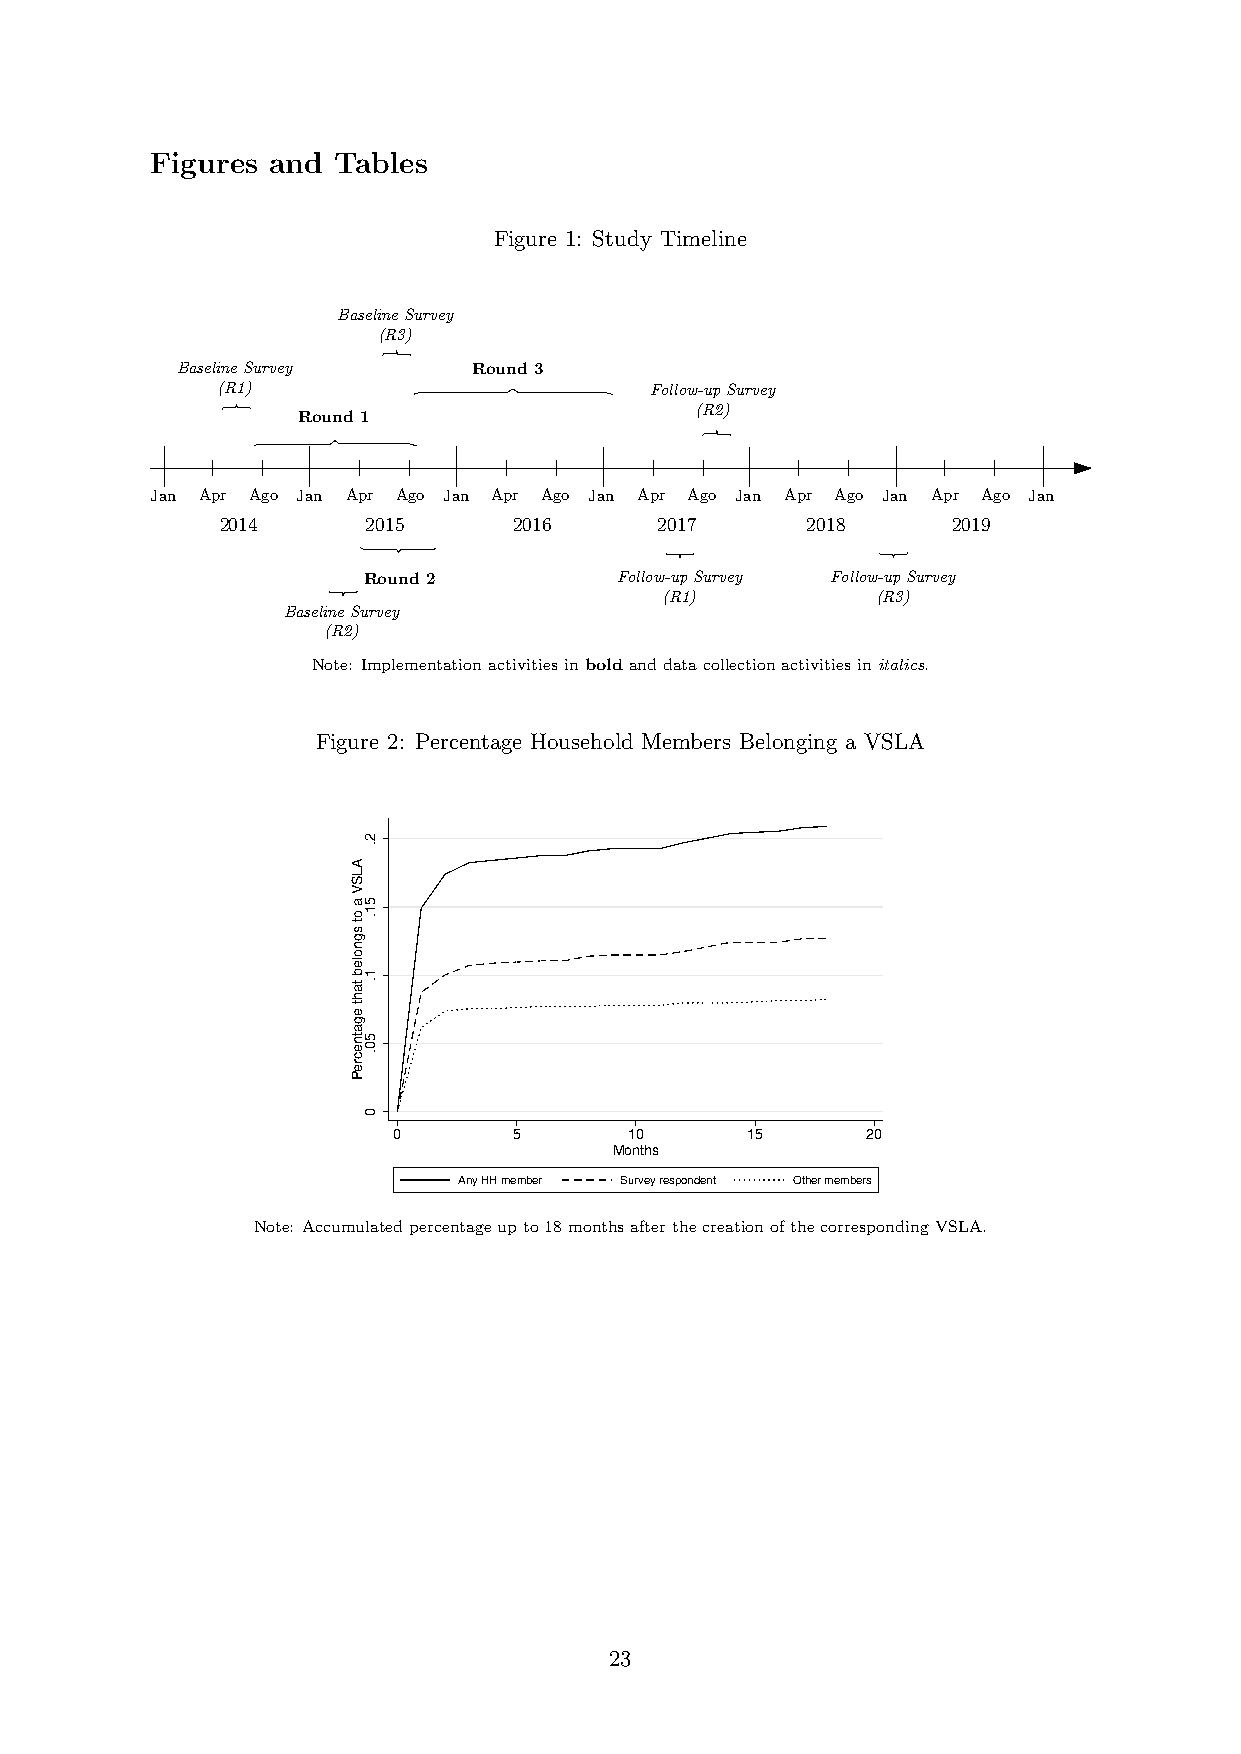
Figures and Tables
 Figure 1: Study Timeline
 BaselineSurvey
 (R3)
 BaselineSurvey     Round 3
 (R1)                         Follow-upSurvey
 Round 1                   (R2)
 Jan Apr Ago Jan Apr Ago Jan Apr Ago Jan Apr Ago Jan Apr Ago Jan Apr Ago Jan
 2014     2015      2016      2017     2018      2019
 Round 2          Follow-upSurvey Follow-upSurvey
 (R1)          (R3)
 BaselineSurvey
 (R2)
 Note: Implementationactivitiesinboldanddatacollectionactivitiesinitalics.
 Figure 2: Percentage Household Members Belonging a VSLA
 0       5       10     15      20
 Months
 Any HH member Survey respondent Other members
 Note: Accumulatedpercentageupto18monthsafterthecreationofthecorrespondingVSLA.
 23
 ALSV
 a
 ot
 sgnoleb
 taht
 egatnecreP
 2.
 51.
 1.
 50.
 0